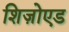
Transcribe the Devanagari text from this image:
शिज़ोएड